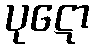
ပုဋော